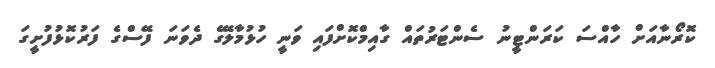
ކޮރޯނާއަށް ހާއްސަ ކަރަންޓީނު ސެންޓަރުތައް ގާއިމްކޮށްފައި ވަނީ ހުޅުމާލޭގެ ދެވަނަ ފޭސްގެ ފަރުކޮޅުފުށީގަ